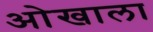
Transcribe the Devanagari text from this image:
ओखाला